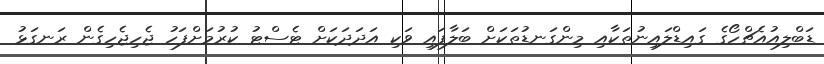
ޑަބްލިއުއެޗްހޯގެ ގައިޑްލައިނުތަކާއި މިންގަނޑުތަކަށް ބަލާފައި ވަކި އަދަދަކަށް ޓެސްޓު ކުރުމަށްފަހު ޖެހިޖެހިގެން ރަނގަޅު